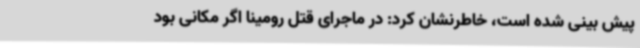
پیش بینی شده است، خاطرنشان کرد: در ماجرای قتل رومینا اگر مکانی بود